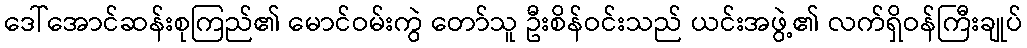
ဒေါ်အောင်ဆန်းစုကြည်၏ မောင်ဝမ်းကွဲ တော်သူ ဦးစိန်ဝင်းသည် ယင်းအဖွဲ့၏ လက်ရှိဝန်ကြီးချုပ်